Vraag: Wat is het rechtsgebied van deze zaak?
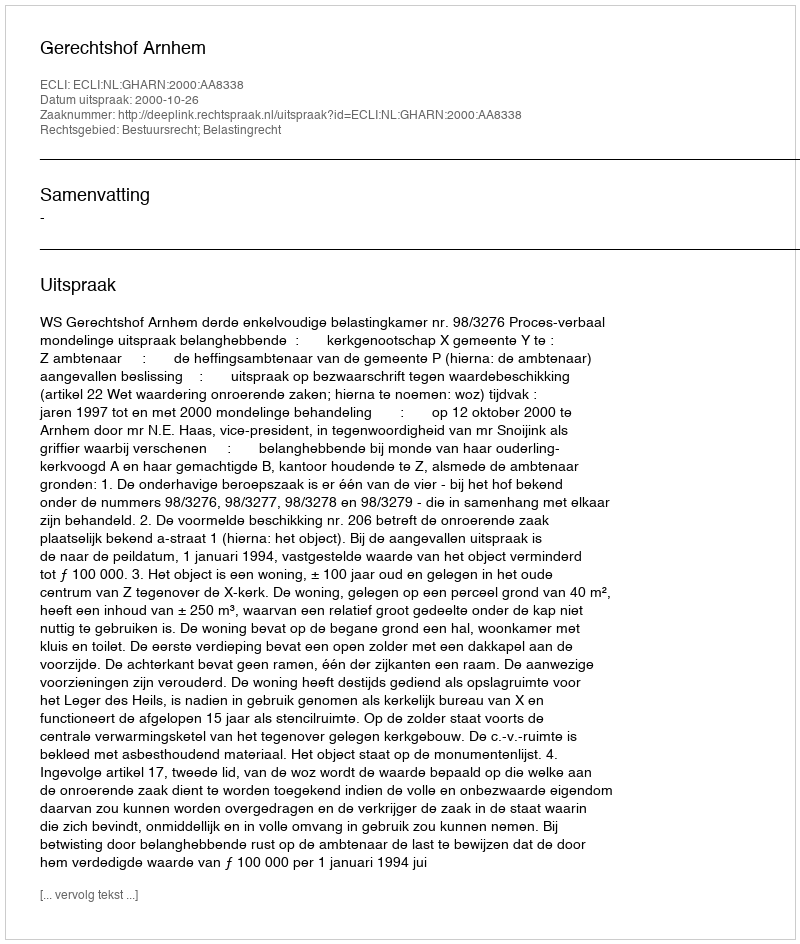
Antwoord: Bestuursrecht; Belastingrecht